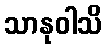
သာနုဝါသိ